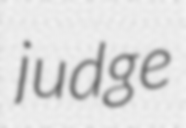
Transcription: judge